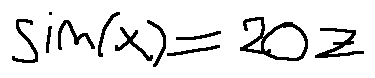
\sin ( x ) = 2 0 z